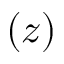
( z )